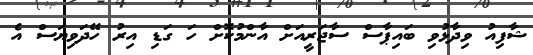
ޝާފިއު ވިދާޅުވި ބައިޕާސް ސާޖަރީއަށް އާންމުކޮށް ހަ ގަޑި އިރު ހޭދަވިޔަސް އެ